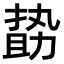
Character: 𠢞